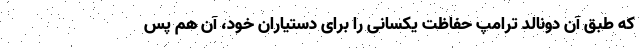
که طبق آن دونالد ترامپ حفاظت یکسانی را برای دستیاران خود، آن هم پس